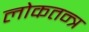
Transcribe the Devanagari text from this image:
लोकतन्‍त्र